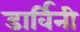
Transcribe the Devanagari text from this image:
डार्विनी